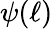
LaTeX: \psi(\ell)